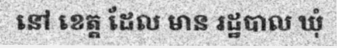
នៅ ខេត្ត ដែល មាន រដ្ឋបាល ឃុំ